Punjab Mental Hospital Lahore 1922-31 - 1922-1931
Year: 1922
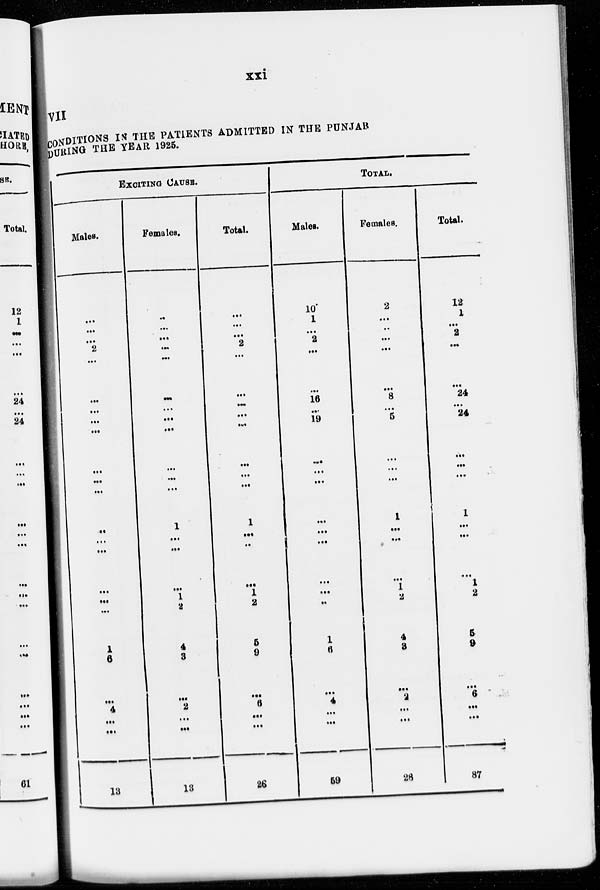
xxi
VII
CONDITIONS IN THE PATIENTS ADMITTED IN THE PUNJAB
DURING THE YEAR 1925.
EXCITING CAUSE.
Males.
...
...
...
2
...
...
...
...
...
...
...
...
...
...
...
...
...
...
1
6
...
4
...
...
13
Females.
...
...
...
...
...
...
...
...
...
...
...
...
1
...
...
...
1
2
4
3
...
2
...
...
13
Total.
...
...
...
2
...
...
...
...
...
...
...
...
1
...
...
...
1
2
5
9
...
6
...
...
26
TOTAL.
Males.
10
1
...
2
...
...
16
...
19
...
...
...
...
...
...
...
...
...
1
6
...
4
...
...
59
Females.
2
...
...
...
...
...
8
...
5
...
...
...
1
...
...
...
1
2
4
3
...
2
...
...
28
Total.
12
1
...
2
...
...
24
...
24
...
...
...
1
...
...
...
1
2
5
9
...
6
...
...
87